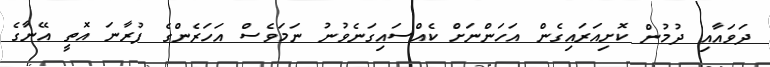
ދަވައާއި ދުމުން ކޮށިއަރައިގެން އަހަންނަށް ކެއްސައިގަނެވުނު ނަމަވެސް އަހަރެންގެ ފުރާނަ އޮތީ އޭނާގެ